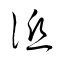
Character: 詆